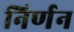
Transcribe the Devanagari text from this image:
निर्णन